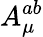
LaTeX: A_{\mu}^{ab}